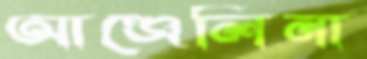
আঞ্জেলিনা